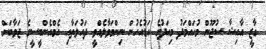
ގާޒީ އާއިޝާ ސުޖޫން މުހައްމަދު މިއަދުގެ އަޑުއެހުން ނިންމަވާލެއްވީ ދައުލަތާއި އެމްއެންބީސީގެ ޖަވާބަށް